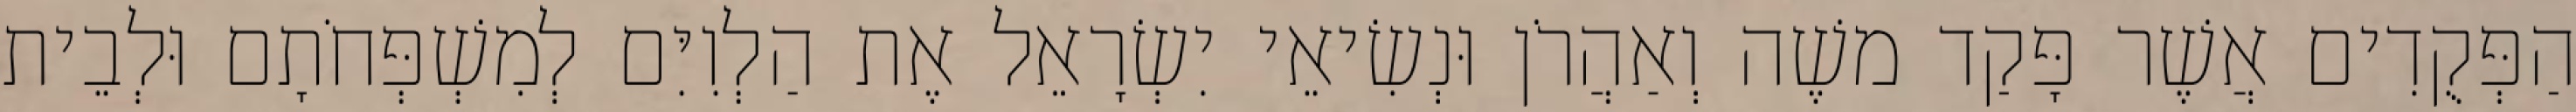
הַפְּקֻדִים אֲשֶׁר פָּקַד משֶׁה וְאַהֲרֹן וּנְשִׂיאֵי יִשְׂרָאֵל אֶת הַלְוִיִּם לְמִשְׁפְּחֹתָם וּלְבֵית